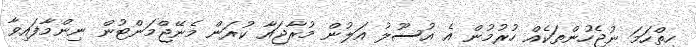
ހިތްހަމަ ނުޖެހުންތަކެއް ހުރުމުން އެ އުސޫލު އަލުން މުރާޖައާ ކުރަން މެނޭޖްމަންޓުން ނިންމާފައިވާ